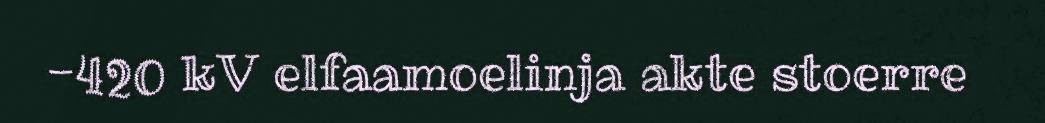
-420 kV elfaamoelinja akte stoerre